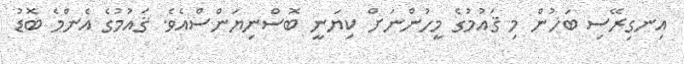
އިނގިރޭސި ބަހުން މި ޤައުމުގެ މީހުންނަށް ކިޔަނީ ބޮސްނިޔަންސްއެވެ. ޤައުމުގެ އެންމެ ބޮޑު